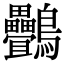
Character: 䴑